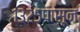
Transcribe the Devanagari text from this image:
१३२५पासून